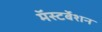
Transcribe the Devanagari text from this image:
मॅस्टर्बेशन